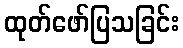
ထုတ်ဖော်ပြသခြင်း